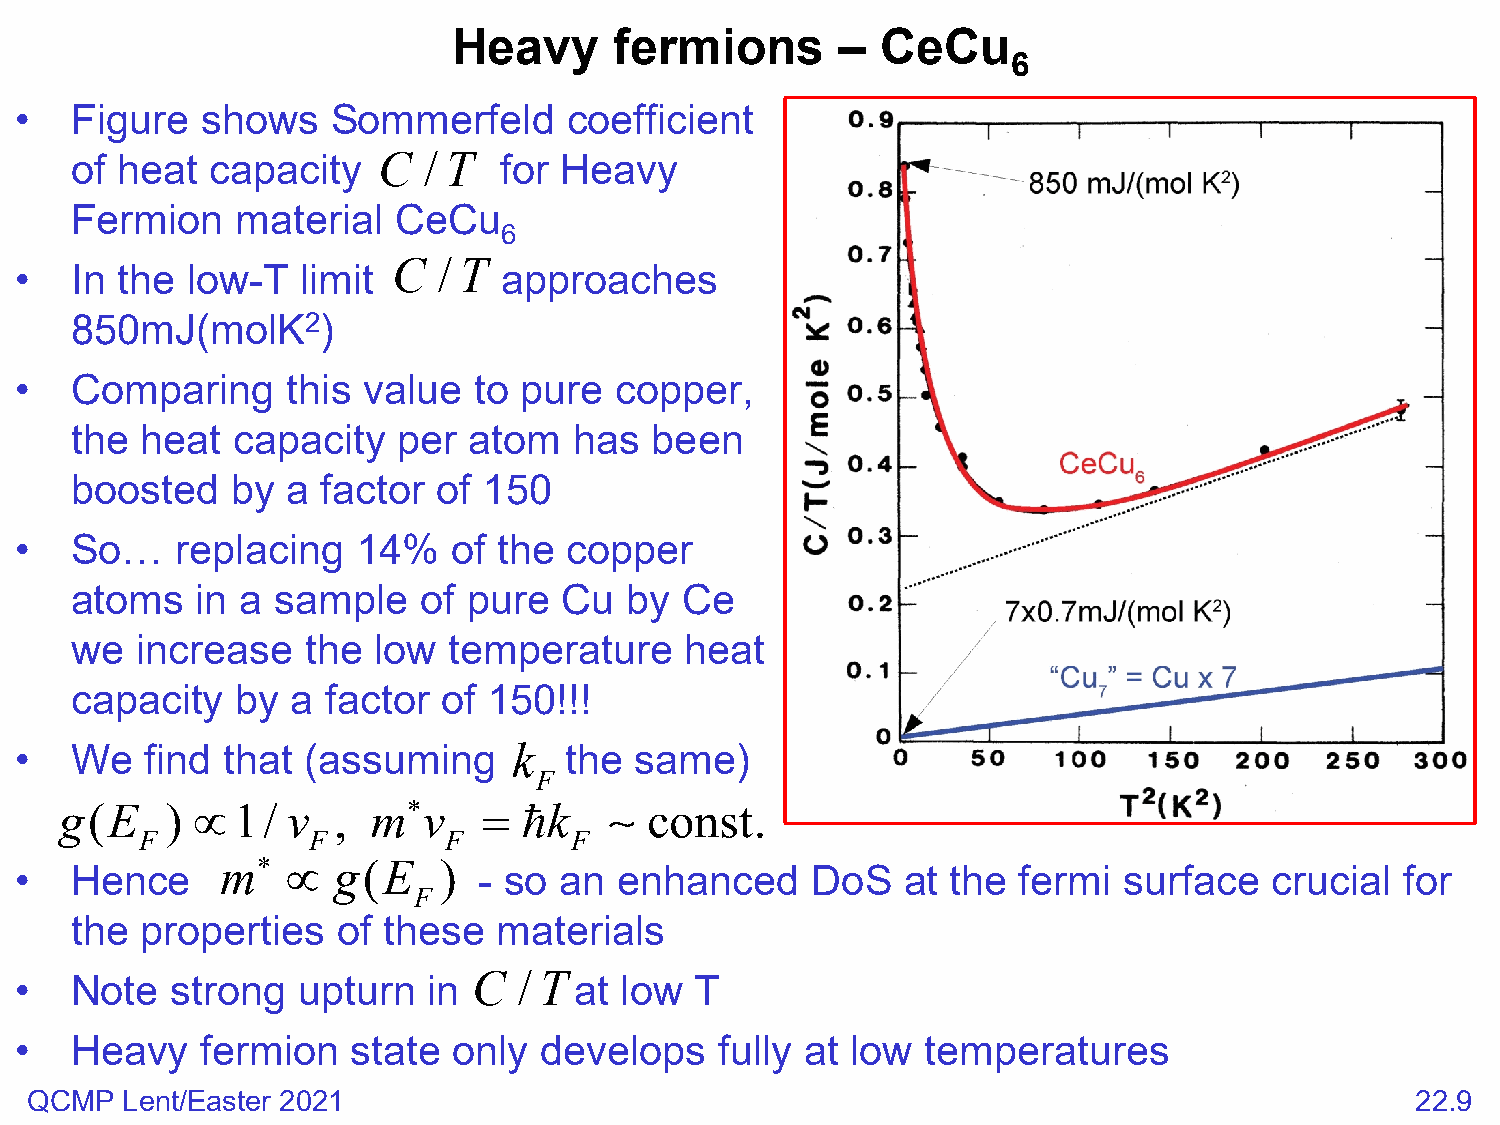
Heavy      fermions       – CeCu
 6
 •   Figure  shows    Sommerfeld      coefficient
 of heat  capacity   C  / T  for Heavy
 Fermion    material  CeCu
 6
 C  / T
 •   In the low-T   limit        approaches
 850mJ(molK2)
 •   Comparing     this value  to pure   copper,
 the heat  capacity   per  atom   has  been
 boosted   by  a factor  of 150
 •   So…    replacing   14%   of the copper
 atoms   in a sample    of pure  Cu  by  Ce
 we  increase   the  low  temperature    heat
 capacity   by a  factor of 150!!!
 •   We   find that (assuming     k  the  same)
 F
 g(E    ) ∝1/   v  ,  m∗ v   =  k     const.
 F          F        F        F
 m∗  ∝  g(E    )
 •   Hence                      - so an  enhanced     DoS   at the fermi  surface   crucial  for
 F
 the properties   of these   materials
 C  / T
 •   Note  strong   upturn  in        at low  T
 •   Heavy   fermion   state  only  develops    fully at low temperatures
 QCMP  Lent/Easter 2021                                                                      22.9